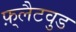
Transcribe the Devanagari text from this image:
फ़्लैटवुड